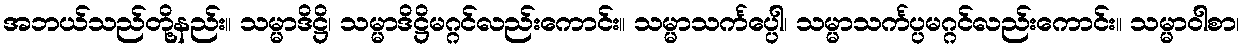
အဘယ်သည်တို့နည်း။ သမ္မာဒိဋ္ဌိ၊ သမ္မာဒိဋ္ဌိမဂ္ဂင်လည်းကောင်း။ သမ္မာသင်္ကပ္ပေါ၊ သမ္မာသင်္ကပ္ပမဂ္ဂင်လည်းကောင်း။ သမ္မာဝါစာ၊